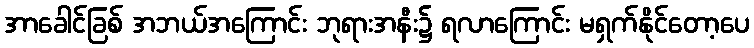
အာခေါင်ခြစ် အဘယ်အကြောင်း ဘုရားအနီး၌ ရလာကြောင်း မရှက်နိုင်တော့ပေ